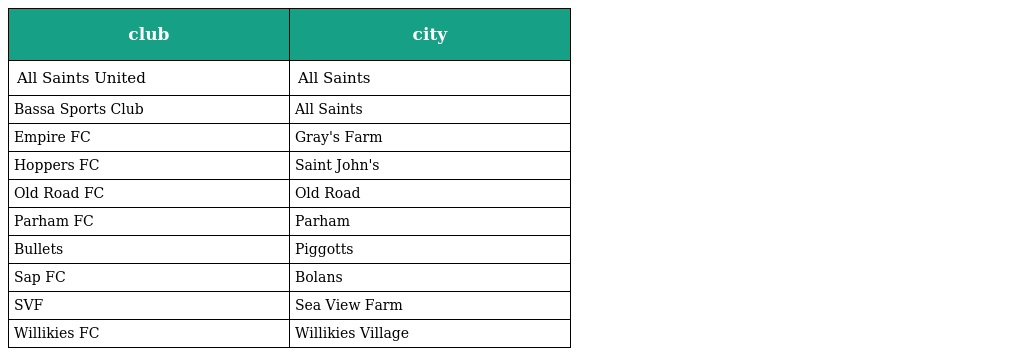
| club | city |
 | --- | --- |
 | All Saints United | All Saints |
 | Bassa Sports Club | All Saints |
 | Empire FC | Gray's Farm |
 | Hoppers FC | Saint John's |
 | Old Road FC | Old Road |
 | Parham FC | Parham |
 | Bullets | Piggotts |
 | Sap FC | Bolans |
 | SVF | Sea View Farm |
 | Willikies FC | Willikies Village |